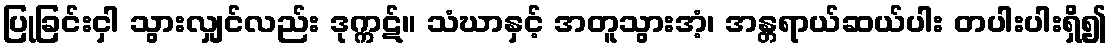
ပြုခြင်းငှါ သွားလျှင်လည်း ဒုက္ကဋ်။ သံဃာနှင့် အတူသွားအံ့၊ အန္တရာယ်ဆယ်ပါး တပါးပါးရှိ၍